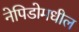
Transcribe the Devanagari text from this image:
नेपिडोमधील